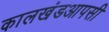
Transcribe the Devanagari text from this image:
कालखंडआपसी